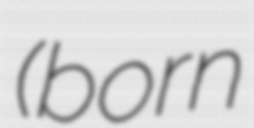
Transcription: (born